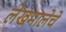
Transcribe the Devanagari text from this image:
लेखमालेचे